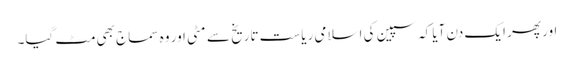
اور پھر ایک دن آیا کہ سپین کی اسلامی ریاست تاریخ سے مٹی اور وہ سماج بھی مٹ گیا۔